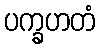
ပက္ခဟတံ